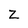
Character: Z